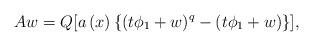
LaTeX: \begin{align*}Aw=Q[a\left( x\right) \{(t\phi_{1}+w)^{q}-(t\phi_{1}+w)\}], \end{align*}